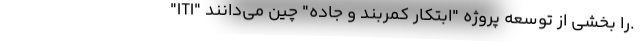
"ITI" را بخشی از توسعه پروژه "ابتکار کمربند و جاده" چین می‌دانند.